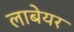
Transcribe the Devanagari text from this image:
लाबेयर